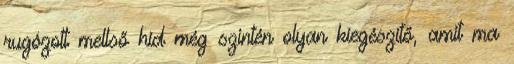
rugózott mellső híd még szintén olyan kiegészítő, amit ma